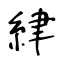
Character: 䋖